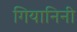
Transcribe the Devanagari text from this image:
गियानिनी